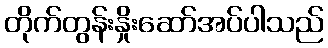
တိုက်တွန်းနှိုးဆော်အပ်ပါသည်